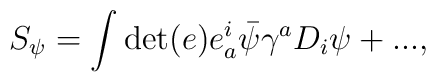
S_{\psi}=\int\det(e)e^{i}_{a}\bar{\psi}\gamma^{a}D_{i}\psi+...,